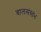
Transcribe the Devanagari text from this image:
बालसंस्तंभ